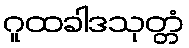
ဂူထခါဒသုတ္တံ